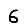
Digit: 6